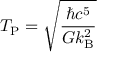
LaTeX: T _ { \mathrm { P } } = { \sqrt { \frac { \hbar c ^ { 5 } } { G k _ { \mathrm { B } } ^ { 2 } } } }